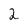
Character: 2